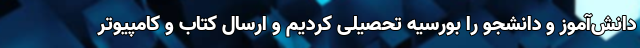
دانش‌آموز و دانشجو را بورسیه تحصیلی کردیم و ارسال کتاب و کامپیوتر